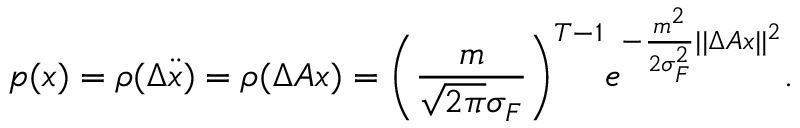
p ( x ) = \rho ( \Delta \ddot { x } ) = \rho ( \Delta A x ) = \bigg ( \frac { m } { \sqrt { 2 \pi } \sigma _ { F } } \bigg ) ^ { T - 1 } e ^ { - \frac { m ^ { 2 } } { 2 \sigma _ { F } ^ { 2 } } | | \Delta A x | | ^ { 2 } } .